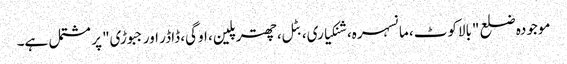
موجودہ ضلع "بالاکوٹ، مانسہرہ، شنکیاری، بٹل، چھترپلین، اوگی، ڈاڈر اور جبوڑی" پر مشتمل ہے۔